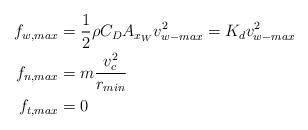
LaTeX: \begin{align*}f_{w,max} & = \frac{1}{2} \rho C_{D} A_{x_W} v_{w-max}^2 = K_d v_{w-max}^2 \\f_{n,max} & = m \frac{v_c^2}{r_{min}} \\f_{t,max} &= 0\end{align*}